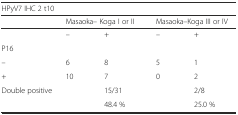
<table><thead><tr><td colspan="5"><b>HPyV7 IHC 2 t10</b></td></tr><tr><td></td><td colspan="2"><b>Masaoka– Koga I or II</b></td><td colspan="2"><b>Masaoka–Koga III or IV</b></td></tr></thead><tbody><tr><td></td><td>–</td><td>+</td><td>–</td><td>+</td></tr><tr><td colspan="5">P16</td></tr><tr><td>–</td><td>6</td><td>8</td><td>5</td><td>1</td></tr><tr><td>+</td><td>10</td><td>7</td><td>0</td><td>2</td></tr><tr><td rowspan="2">Double positive</td><td rowspan="2"></td><td>15/31</td><td rowspan="2"></td><td>2/8</td></tr><tr><td>48.4 %</td><td>25.0 %</td></tr></tbody></table>